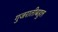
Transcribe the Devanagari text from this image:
गुजरातीबहुल